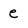
Character: e